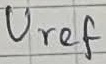
Text: Uref